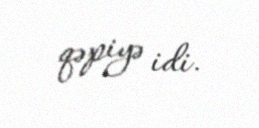
qəpiyə idi.